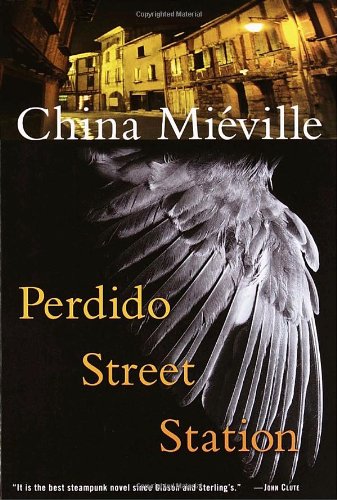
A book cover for Perdido Street Station; China MiÃ©ville; Science Fiction & Fantasy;